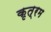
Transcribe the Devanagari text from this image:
कृत्रम